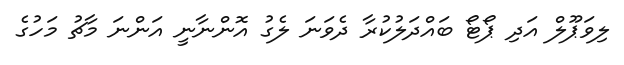
ލިވަޕޫލް އަދި ޕޯޓޯ ބައްދަލުކުރާ ދެވަނަ ލެގު އޮންނާނީ އަންނަ މާޗު މަހުގެ